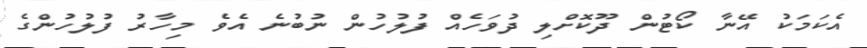
އެކަމަކު އޭނާ ކޯޓުން ދޫކޮށްލި ދުވަހެއް ފުލުހުން ނުބުނެ އެވެ މިހާރު ފުލުހުންގެ